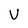
Character: v